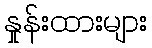
နှုန်းထားများ